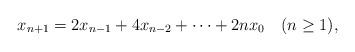
LaTeX: \begin{align*}x_{n+1}= 2 x_{n-1}+ 4 x_{n-2}+\cdots+ 2nx_0\quad(n\geq 1),\end{align*}